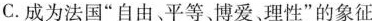
C.成为法国”自由、平等、博爱。理性”的象征